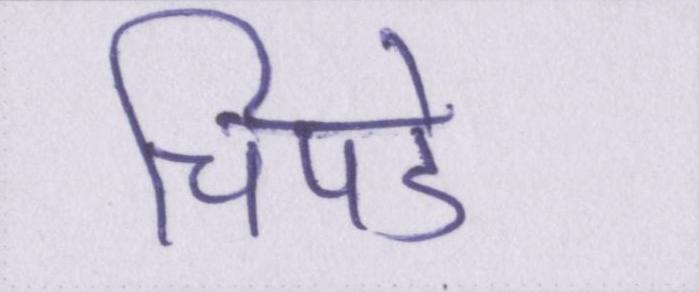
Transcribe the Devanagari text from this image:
चिपडे